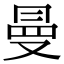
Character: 曼